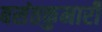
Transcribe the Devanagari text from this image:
बसंतकुमारी